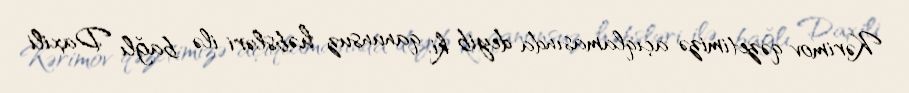
Kərimov qəzetimizə açıqlamasında deyib ki, qanunsuz həbsləri ilə bağlı Daxili